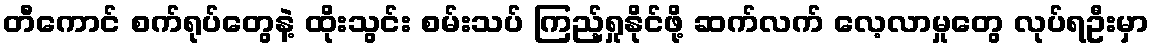
တီကောင် စက်ရုပ်တွေနဲ့ ထိုးသွင်း စမ်းသပ် ကြည့်ရှုနိုင်ဖို့ ဆက်လက် လေ့လာမှုတွေ လုပ်ရဦးမှာ